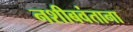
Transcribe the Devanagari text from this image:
नशीबवंताना